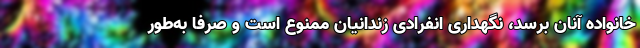
خانواده آنان برسد، نگهداری انفرادی زندانیان ممنوع است و صرفاً به‌طور